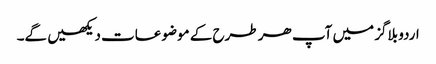
اردو بلاگز میں آپ ھر طرح کے موضوعات دیکھیں گے۔